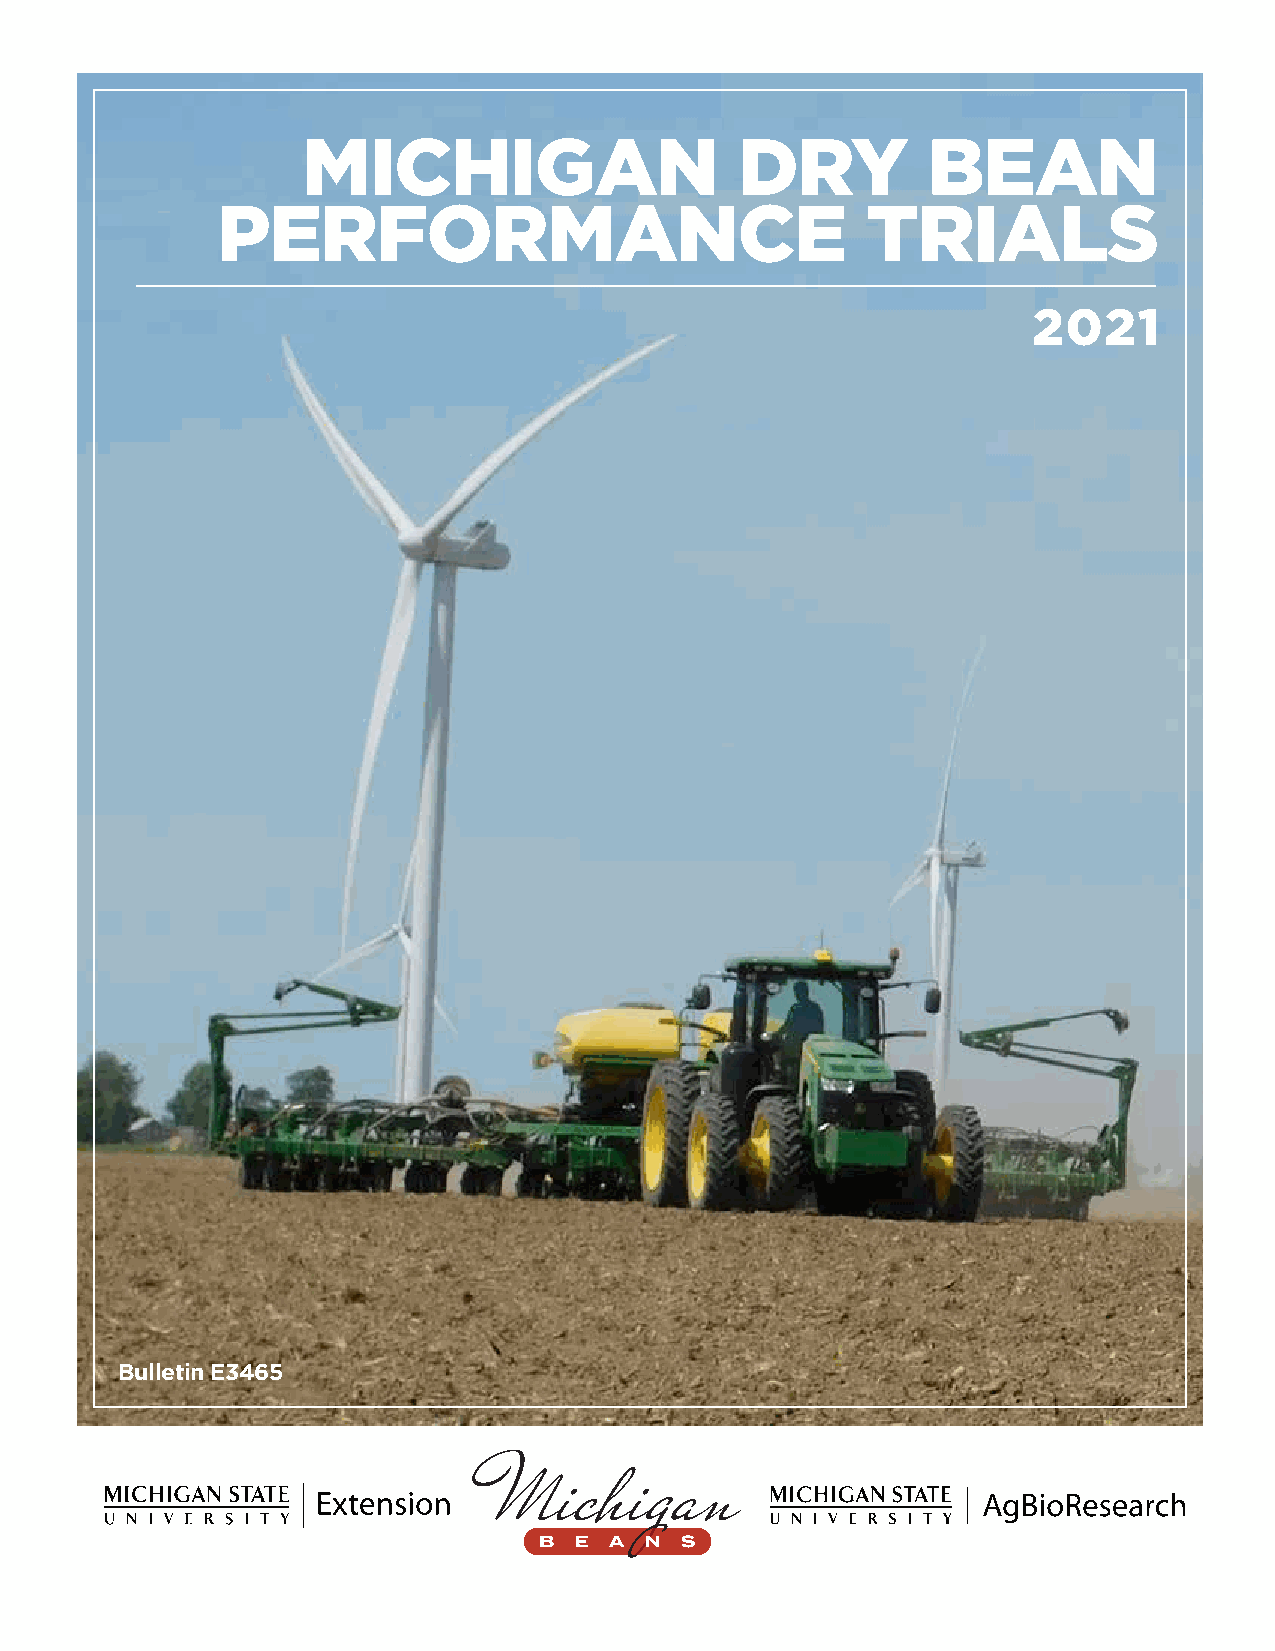
MICHIGAN                     DRY         BEAN
 PERFORMANCE                                TRIALS
 2021
 Bulletin E3465